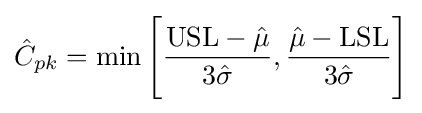
{\hat {C}}_{pk}=\min {\Bigg [}{{\text{USL}}-{\hat {\mu }} \over 3{\hat {\sigma }}},{{\hat {\mu }}-{\text{LSL}} \over 3{\hat {\sigma }}}{\Bigg ]}